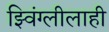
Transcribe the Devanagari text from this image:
झ्विंग्लीलाही